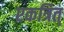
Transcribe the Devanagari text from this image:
एकत्रित्